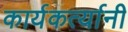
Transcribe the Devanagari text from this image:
कार्यकर्त्‍यानी